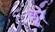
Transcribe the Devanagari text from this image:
छूरे